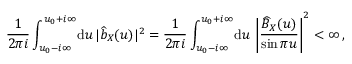
\frac { 1 } { 2 \pi i } \int _ { u _ { 0 } - i \infty } ^ { u _ { 0 } + i \infty } \! \mathrm { d } u \, | \widehat b _ { X } ( u ) | ^ { 2 } = \frac { 1 } { 2 \pi i } \int _ { u _ { 0 } - i \infty } ^ { u _ { 0 } + i \infty } \! \mathrm { d } u \, \left| \frac { \widehat B _ { X } ( u ) } { \sin \pi u } \right| ^ { 2 } < \infty \, ,